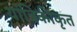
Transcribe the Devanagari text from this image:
यांत्रिकीकृत